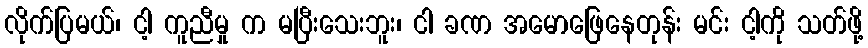
လိုက်ပြမယ်၊ ငါ့ ကူညီမှု က မပြီးသေးဘူး၊ ငါ ခဏ အမောဖြေနေတုန်း မင်း ငါ့ကို သတ်ဖို့